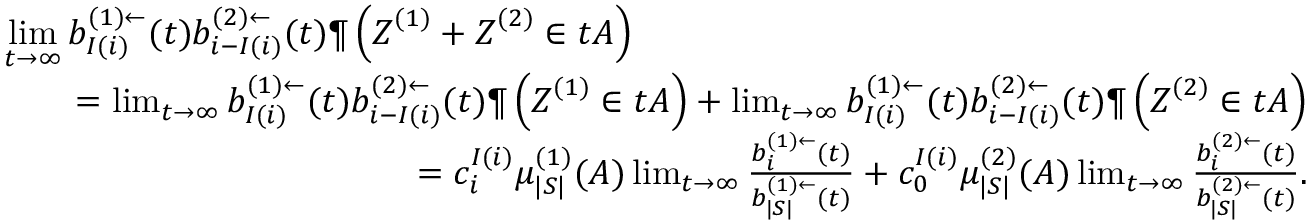
\begin{array} { r l r } { \lefteqn { \operatorname* { l i m } _ { t \to \infty } b _ { I ( i ) } ^ { ( 1 ) \leftarrow } ( t ) b _ { i - I ( i ) } ^ { ( 2 ) \leftarrow } ( t ) \P \left( \boldsymbol Z ^ { ( 1 ) } + \boldsymbol Z ^ { ( 2 ) } \in t A \right) } } \\ & { } & { = \operatorname* { l i m } _ { t \to \infty } b _ { I ( i ) } ^ { ( 1 ) \leftarrow } ( t ) b _ { i - I ( i ) } ^ { ( 2 ) \leftarrow } ( t ) \P \left( \boldsymbol Z ^ { ( 1 ) } \in t A \right) + \operatorname* { l i m } _ { t \to \infty } b _ { I ( i ) } ^ { ( 1 ) \leftarrow } ( t ) b _ { i - I ( i ) } ^ { ( 2 ) \leftarrow } ( t ) \P \left( \boldsymbol Z ^ { ( 2 ) } \in t A \right) } \\ & { } & { = c _ { i } ^ { I ( i ) } \mu _ { | S | } ^ { ( 1 ) } ( A ) \operatorname* { l i m } _ { t \to \infty } \frac { b _ { i } ^ { ( 1 ) \leftarrow } ( t ) } { b _ { | S | } ^ { ( 1 ) \leftarrow } ( t ) } + c _ { 0 } ^ { I ( i ) } \mu _ { | S | } ^ { ( 2 ) } ( A ) \operatorname* { l i m } _ { t \to \infty } \frac { b _ { i } ^ { ( 2 ) \leftarrow } ( t ) } { b _ { | S | } ^ { ( 2 ) \leftarrow } ( t ) } . } \end{array}